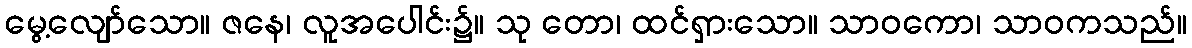
မွေ့လျော်သော။ ဇနေ၊ လူအပေါင်း၌။ သု တော၊ ထင်ရှားသော။ သာဝကော၊ သာဝကသည်။